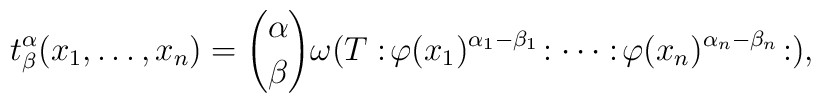
t_{\beta}^{\alpha}(x_1,\ldots,x_n)={\alpha \choose \beta} \omega(T:\!\varphi(x_1)^{\alpha_1-\beta_1}\!:\cdots:\!\varphi(x_n)^{\alpha_n-\beta_n}\!:),